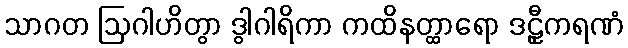
သာဂတ ဩဂါဟိတွာ ဒွါဂါရိကာ ကထိနတ္ထာရော ဒဠှီကရဏံ